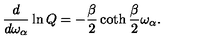
{ \frac { d } { d \omega _ { \alpha } } } \ln Q = - { \frac { \beta } { 2 } } \coth { \frac { \beta } { 2 } } \omega _ { \alpha } .